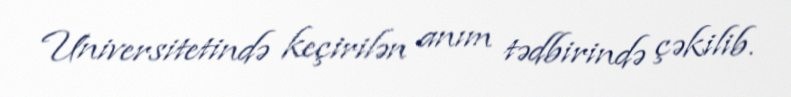
Universitetində keçirilən anım tədbirində çəkilib.